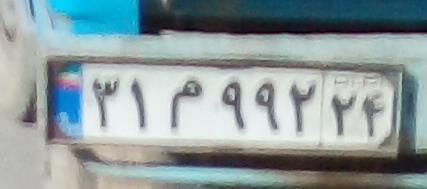
۳۱م۹۹۲۲۴